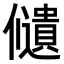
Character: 𠑌